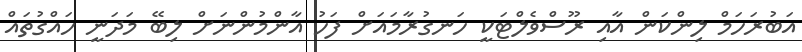
އަބުރަހަމް ލިންކަން އާއި ރޫސްވެލްޓަކީ ހަނގުރާމައަށް ފަހު އާންމުންނަށް ލިބޭ މަދަނީ ހައްގުތައް